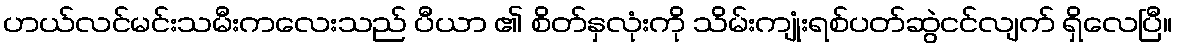
ဟယ်လင်မင်းသမီးကလေးသည် ပီယာ ၏ စိတ်နှလုံးကို သိမ်းကျုံးရစ်ပတ်ဆွဲငင်လျက် ရှိလေပြီ။